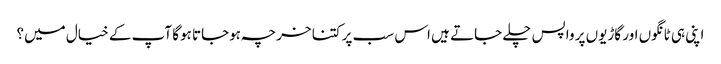
اپنی ہی ٹانگوں اور گاڑیوں پر واپس چلے جاتے ہیں اس سب پر کتنا خرچہ ہوجاتا ہوگا آپ کے خیال میں؟